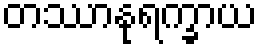
တဿာနုရက္ခာယ